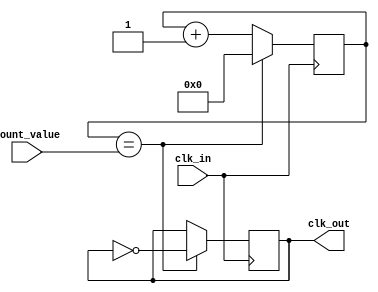
module clock_divider (
  input wire clk_in,
  input wire [15:0] count_value,
  output wire clk_out
);

reg [15:0] counter;
wire clk_out_sync;

always @(posedge clk_in) begin
  if (counter == count_value) begin
    clk_out_sync <= ~clk_out_sync;
    counter <= 0;
  end else begin
    counter <= counter + 1;
  end
end

assign clk_out = clk_out_sync;

endmodule